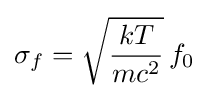
\sigma _{f}={\sqrt {\frac {kT}{mc^{2}}}}\,f_{0}